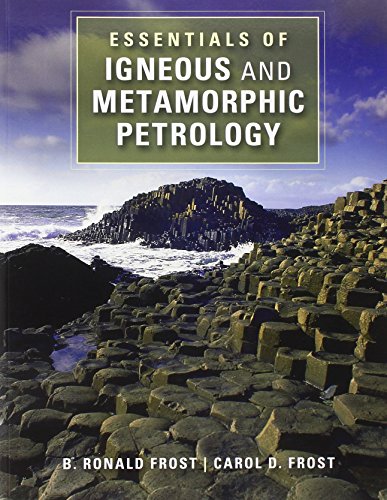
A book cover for Essentials of Igneous and Metamorphic Petrology; Dr B. Ronald Frost; Science & Math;